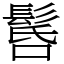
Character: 䯺